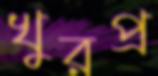
খুরপ্র